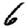
Digit: 6